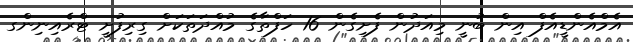
އެމްއެންޑީއެފް އިން ބުނީ މިއަދުން ފެށިގެން 16 ހަފްތާގެ މުއްދަތަކަށް ގިރިފުށީ ޓްރެއިނިންގ